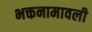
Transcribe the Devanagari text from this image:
भक्तनामावली